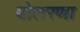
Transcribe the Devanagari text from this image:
बोलरणा